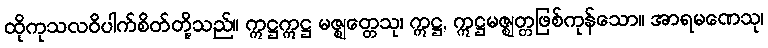
ထိုကုသလဝိပါက်စိတ်တို့သည်။ ဣဋ္ဌဣဋ္ဌ မဇ္ဈတ္တေသု၊ ဣဋ္ဌ, ဣဋ္ဌမဇ္ဈတ္တဖြစ်ကုန်သော။ အာရမဏေသု၊